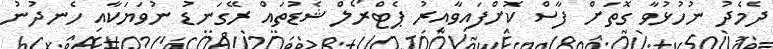
ދެމެދު ނުހުޅުވާ ގޮތަށް ފާސް ކޮށްފައިވާއިރު ޕެޓްރޯލް ޝެޑުތައް ރޭގަނޑު ނުވަޔަކާއި ހެނދުނު